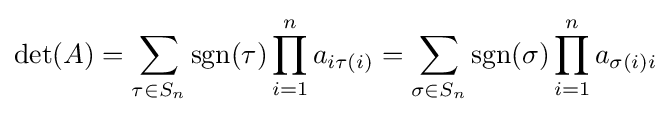
\det(A)=\sum _{\tau \in S_{n}}\operatorname {sgn} (\tau )\prod _{i=1}^{n}a_{i\tau (i)}=\sum _{\sigma \in S_{n}}\operatorname {sgn} (\sigma )\prod _{i=1}^{n}a_{\sigma (i)i}